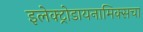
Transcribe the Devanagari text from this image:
इलेक्ट्रोडायनामिक्सचा